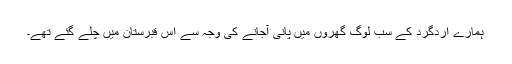
ہمارے اردگرد کے سب لوگ گھروں میں پانی آجانے کی وجہ سے اس قبرستان میں چلے گئے تھے۔